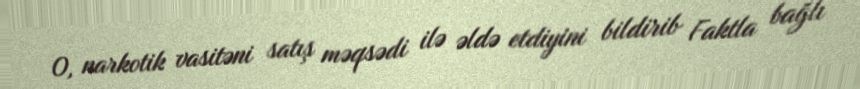
O, narkotik vasitəni satış məqsədi ilə əldə etdiyini bildirib Faktla bağlı